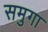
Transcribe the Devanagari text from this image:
समुगा